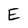
Character: E